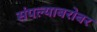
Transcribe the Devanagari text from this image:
संपल्याबरोबर